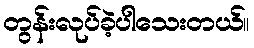
တွန်းလုပ်ခဲ့ပါသေးတယ်။